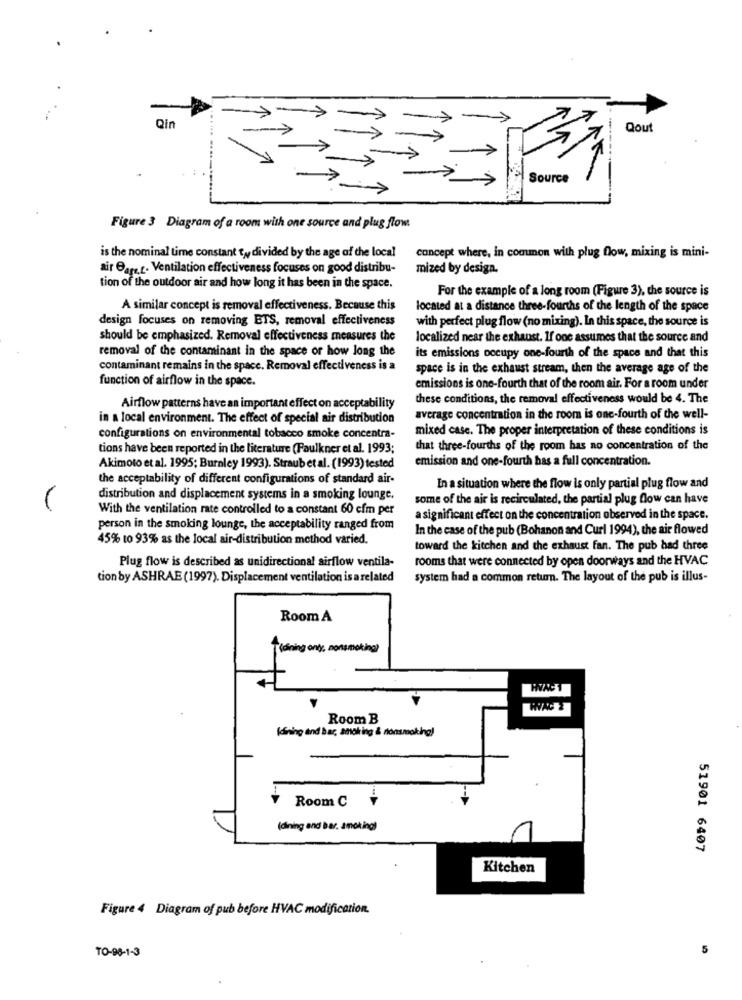
Qin
>
Qout
Source
Figure 3 Diagram of a room with one source and plug flow
is the nominal time constant ty divided by the age of the local
concept where, in common with plug flow, mixing is mini-
air Bags.t. Ventilation effectiveness focuses on good distribu-
mized by design.
tion of the outdoor air and how long it has been in the space.
For the example of a long room (Figure 3), the source is
A similar concept is removal effectiveness. Because this
located at a distance three-fourths of the length of the space
design focuses on removing ETS, removal effectiveness
with perfect plug flow (no mixing). In this space, the source is
should be emphasized. Removal effectiveness measures the
localized near the exhaust. If one assumes that the source and
removal of the contaminant in the space or how long the
its emissions occupy one-fourth of the space and that this
contaminant remains in the space. Removal effectiveness is a
space is in the exhaust stream, then the average age of the
function of airflow in the space.
emissions is one-fourth that of the room air. For a room under
these conditions, the removal effectiveness would be 4. The
Airflow patterns have an important effect on acceptability
in a local environment. The effect of special air distribution
average concentration in the room is one-fourth of the well-
mixed case. The proper interpretation of these conditions is
configurations on environmental tobacco smoke concentra-
tions have been reported in the literature (Faulkner et al. 1993;
that three-fourths of the room has no concentration of the
emission and one-fourth has a full concentration.
Akimoto et al. 1995; Burnley 1993). Straub et al. (1993) tested
the acceptability of different configurations of standard air-
In a situation where the flow is only partial plug flow and
distribution and displacement systems in a smoking lounge.
some of the air is recirculated, the partial plug flow can have
With the ventilation rate controlled to a constant 60 cfm per
a significant effect on the concentration observed in the space.
person in the smoking lounge, the acceptability ranged from
In the case of the pub (Bohanon and Curl 1994), the air flowed
45% to 93% as the local air-distribution method varied.
toward the kitchen and the exhaust fan. The pub had three
Plug flow is described as unidirectional airflow ventila-
rooms that were connected by open doorways and the HVAC
tion by ASHRAE (1997). Displacement ventilation is a related
system had a common return. The layout of the pub is illus-
Room A
(dining only, nonsmoking)
WAC Z
Room B
Ining and bar, anak ing & nonsmoking)
Room C
(dining and bar. amoking)
51901 6407
Kitchen
Figure 4 Diagram of pub before HVAC modification.
TO-98-1-3
5